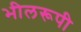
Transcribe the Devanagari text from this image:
भीलरूपी